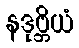
နဒုဗ္ဘိယံ